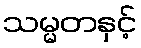
သမ္မတနှင့်